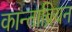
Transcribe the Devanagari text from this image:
कान्ताब्रियन